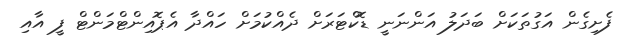
ފެށިގެން އަގުތަކަށް ބަދަލު އަންނަނީ ޑޮކްޓަރަށް ދެއްކުމަށް ހައްދާ އެޕޮއިންޓްމަންޓް ފީ އާއި